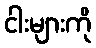
ငါးများကို